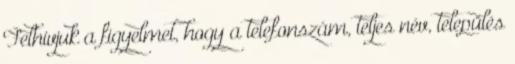
Felhívjuk a figyelmet, hogy a telefonszám, teljes név, település